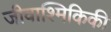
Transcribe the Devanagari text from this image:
जीवाश्मिकिकी